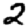
Digit: 2